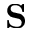
\mathbf { S }